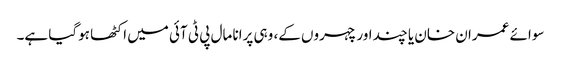
سوائے عمران خان یا چند اور چہروں کے، وہی پرانا مال پی ٹی آئی میں اکٹھا ہوگیا ہے۔